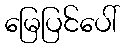
မြေပြင်ပေါ်